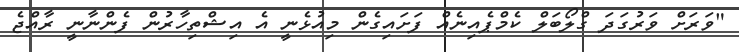
"ވަރަށް ވަރުގަދަ ގްލޯބަލް ކެމްޕެއިނެއް ފަށައިގެން މިއުޅެނީ އެ އިޝްތިހާރުން ފެންނާނީ ރާއްޖެ